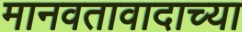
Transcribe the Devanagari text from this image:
मानवतावादाच्या